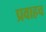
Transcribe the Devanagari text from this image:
प्रवाहच